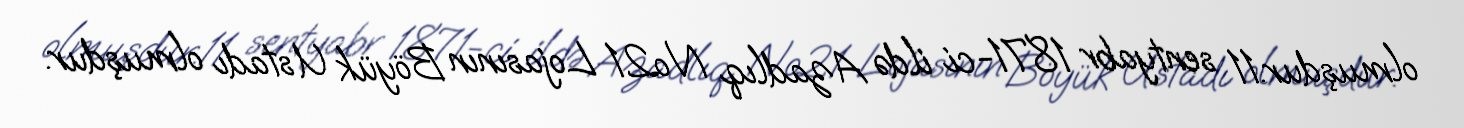
olmuşdur.11 sentyabr 1871-ci ildə Azadlıq №21 Lojasının Böyük Ustadı olmuşdur.